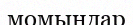
момындар